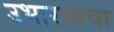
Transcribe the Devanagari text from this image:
उभारायचा